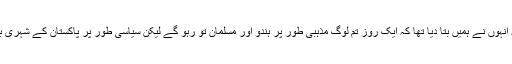
وہ اتنی دور رس آنکھ رکھتے تھے کہ انہوں نے ہمیں بتا دیا تھا کہ ایک روز تم لوگ مذہبی طور پر ہندو اور مسلمان تو رہو گے لیکن سیاسی طور پر پاکستان کے شہری بن جاؤ گے اور تم بہت ترقی کرو گے۔